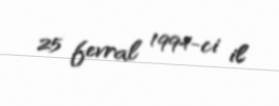
25 fevral 1994-ci il